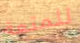
للمتعة